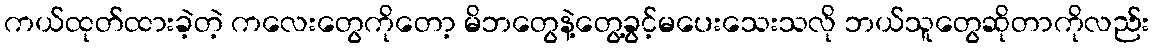
ကယ်ထုတ်ထားခဲ့တဲ့ ကလေးတွေကိုတော့ မိဘတွေနဲ့တွေ့ခွင့်မပေးသေးသလို ဘယ်သူတွေဆိုတာကိုလည်း